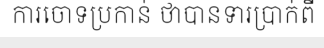
ការចោទប្រកាន់ ថាបានទារប្រាក់ពី